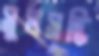
সুপ্রসদ্ধি